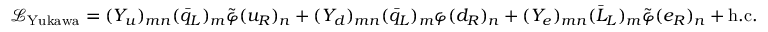
{ \mathcal { L } } _ { \mathrm { Y u k a w a } } = ( Y _ { u } ) _ { m n } ( { \bar { q } } _ { L } ) _ { m } { \tilde { \varphi } } ( u _ { R } ) _ { n } + ( Y _ { d } ) _ { m n } ( { \bar { q } } _ { L } ) _ { m } \varphi ( d _ { R } ) _ { n } + ( Y _ { e } ) _ { m n } ( { \bar { L } } _ { L } ) _ { m } { \tilde { \varphi } } ( e _ { R } ) _ { n } + \mathrm { h . c . }